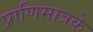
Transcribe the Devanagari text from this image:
प्राणिमात्रके